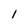
Character: I